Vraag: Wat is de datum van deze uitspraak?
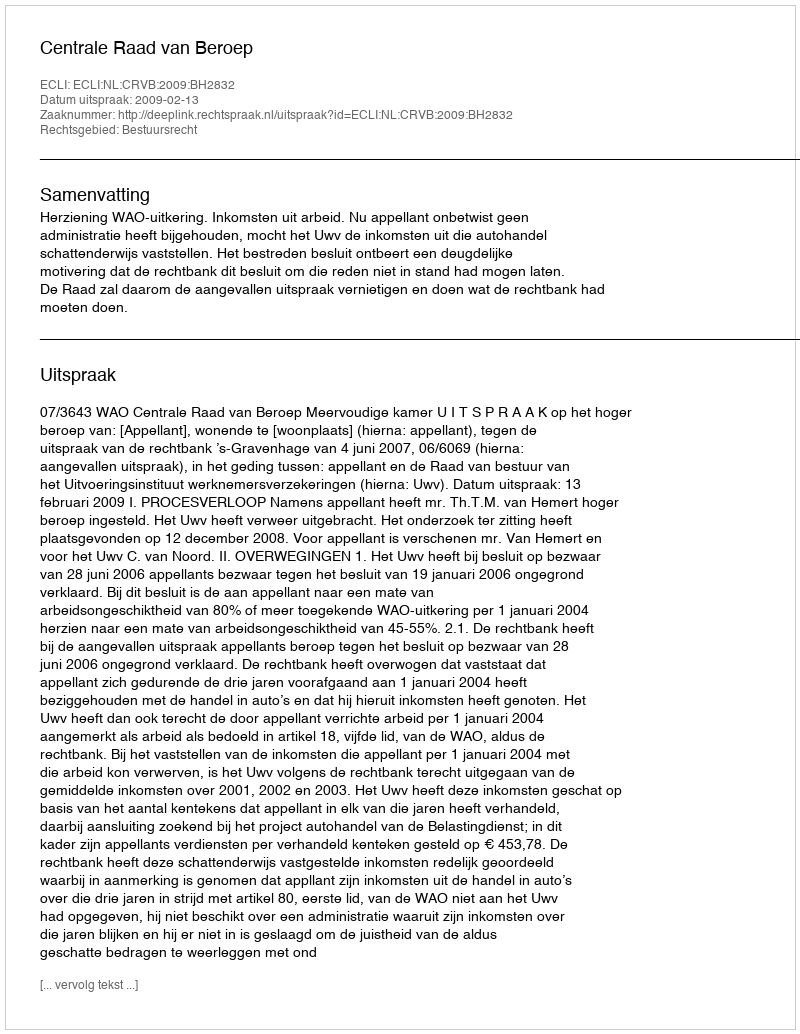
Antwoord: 2009-02-13